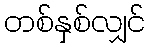
တစ်နှစ်လျှင်